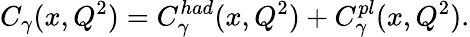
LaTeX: C_{\gamma}(x,Q^{2})=C_{\gamma}^{had}(x,Q^{2})+C_{\gamma}^{pl}(x,Q^{2}).